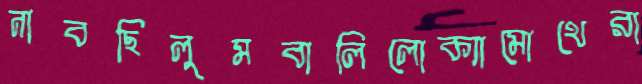
নাবছিলুমবালিলোক্যামোথেরা